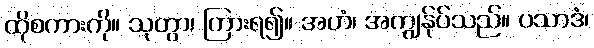
ထိုစကားကို။ သုတွာ၊ ကြားရ၍။ အဟံ၊ အကျွန်ုပ်သည်။ ပသာဒံ၊